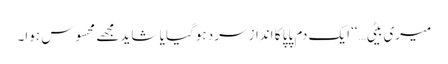
میری بیٹی…‘‘ ایک دم پاپا کا انداز سرد ہوگیا یا شاید مجھے محسوس ہوا۔